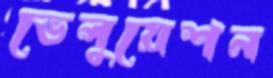
ভেলুয়েশন